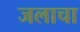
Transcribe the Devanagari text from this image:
जलाचा